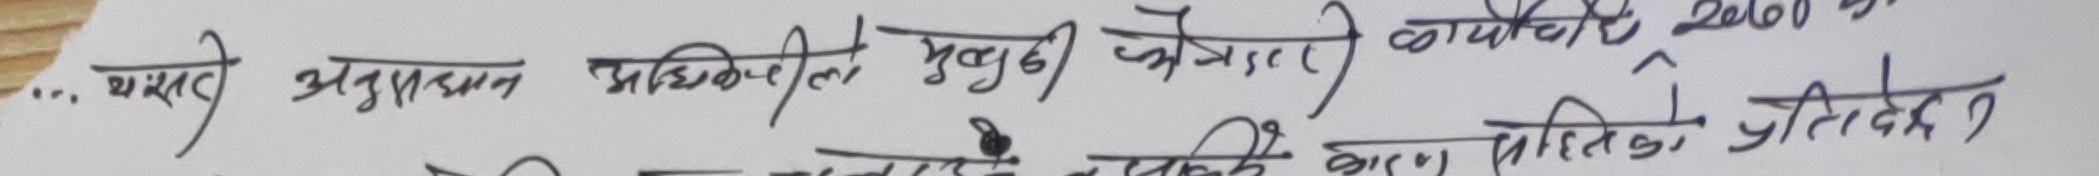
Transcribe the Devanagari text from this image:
...यसले अनुसन्धान अधिकृतले मुद्दाको खोजतलास) कार्यको २०६० को
वहाँ सहिदिको प्रतिवेदन ?